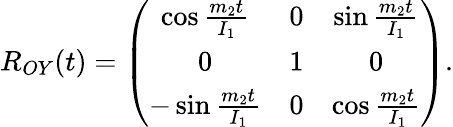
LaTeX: \begin{array}{r}{R_{OY}(t)=\left(\begin{array}{ccc}{\cos\frac{m_{2}t}{I_{1}}}&{0}&{\sin\frac{m_{2}t}{I_{1}}}\\ {0}&{1}&{0}\\ {-\sin\frac{m_{2}t}{I_{1}}}&{0}&{\cos\frac{m_{2}t}{I_{1}}}\end{array}\right).}\end{array}